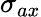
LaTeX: \sigma_{ax}